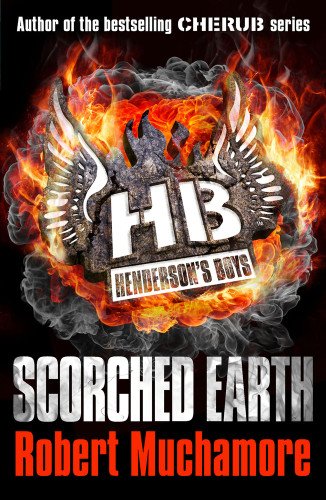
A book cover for Scorched Earth (Henderson's Boys); Robert Muchamore; Teen & Young Adult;